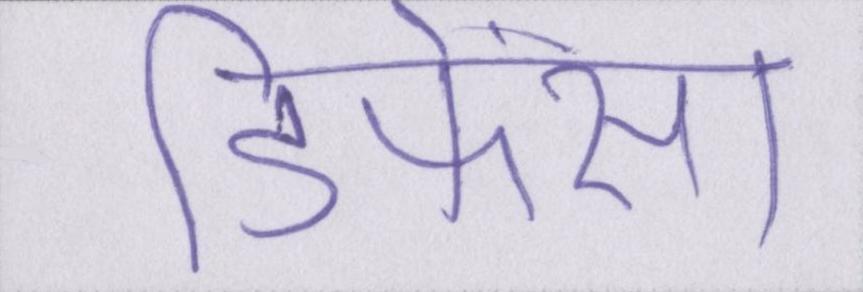
डिफेंस।